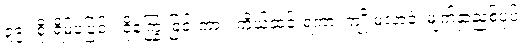
၃၉။ စိုးရိမ်ပူပြင်း၊ ငိုကြွေးခြင်းကား၊ ကိုယ်ဆင်းရဲကာ၊ ကျိုးမလာခဲ့၊ မျက်နှာညစ်ပုပ်၊